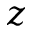
z